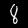
Label: 8